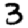
Digit: 3